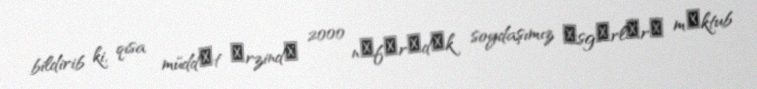
bildirib ki, qısa müddәt әrzindә 2000 nәfәrәdәk soydaşımız әsgәrlәrә mәktub